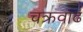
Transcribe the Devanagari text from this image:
चक्रवाढ